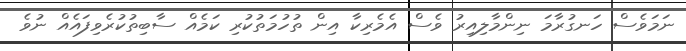
ނަމަވެސް ހަނގުރާމަ ނިންމާލިއިރު ވެސް އެމެރިކާ އިން ތުހުމަތުކުރި ކަމެއް ސާބިތުކުރެވިފައެއް ނުވެ